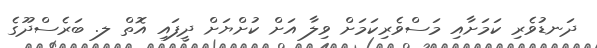
ދަނޑުވެރި ކަމަށާއި މަސްވެރިކަމަށް ވިލާ އަށް ކުށްޔަށް ދީފައި އޮތް ލ. ބަރެސްދޫގެ